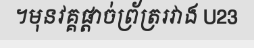
។មុនវគ្គផ្តាច់ព្រ័ត្ររវាង U23